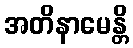
အတိနာမေန္တိ